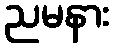
ညမနား